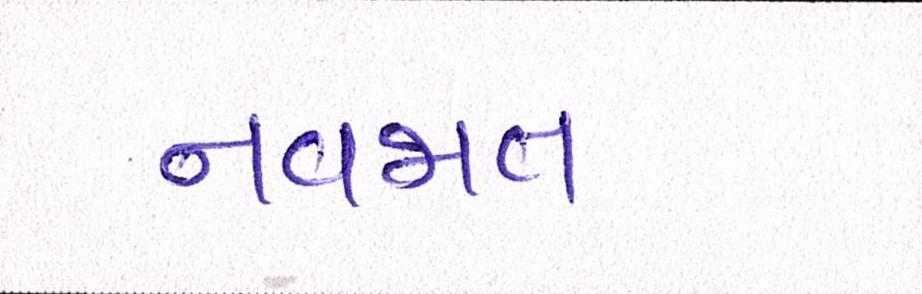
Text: નવજાત